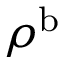
\rho ^ { \mathrm { b } }